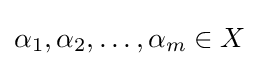
{\alpha _{1},\alpha _{2},\ldots ,\alpha _{m}}\in X